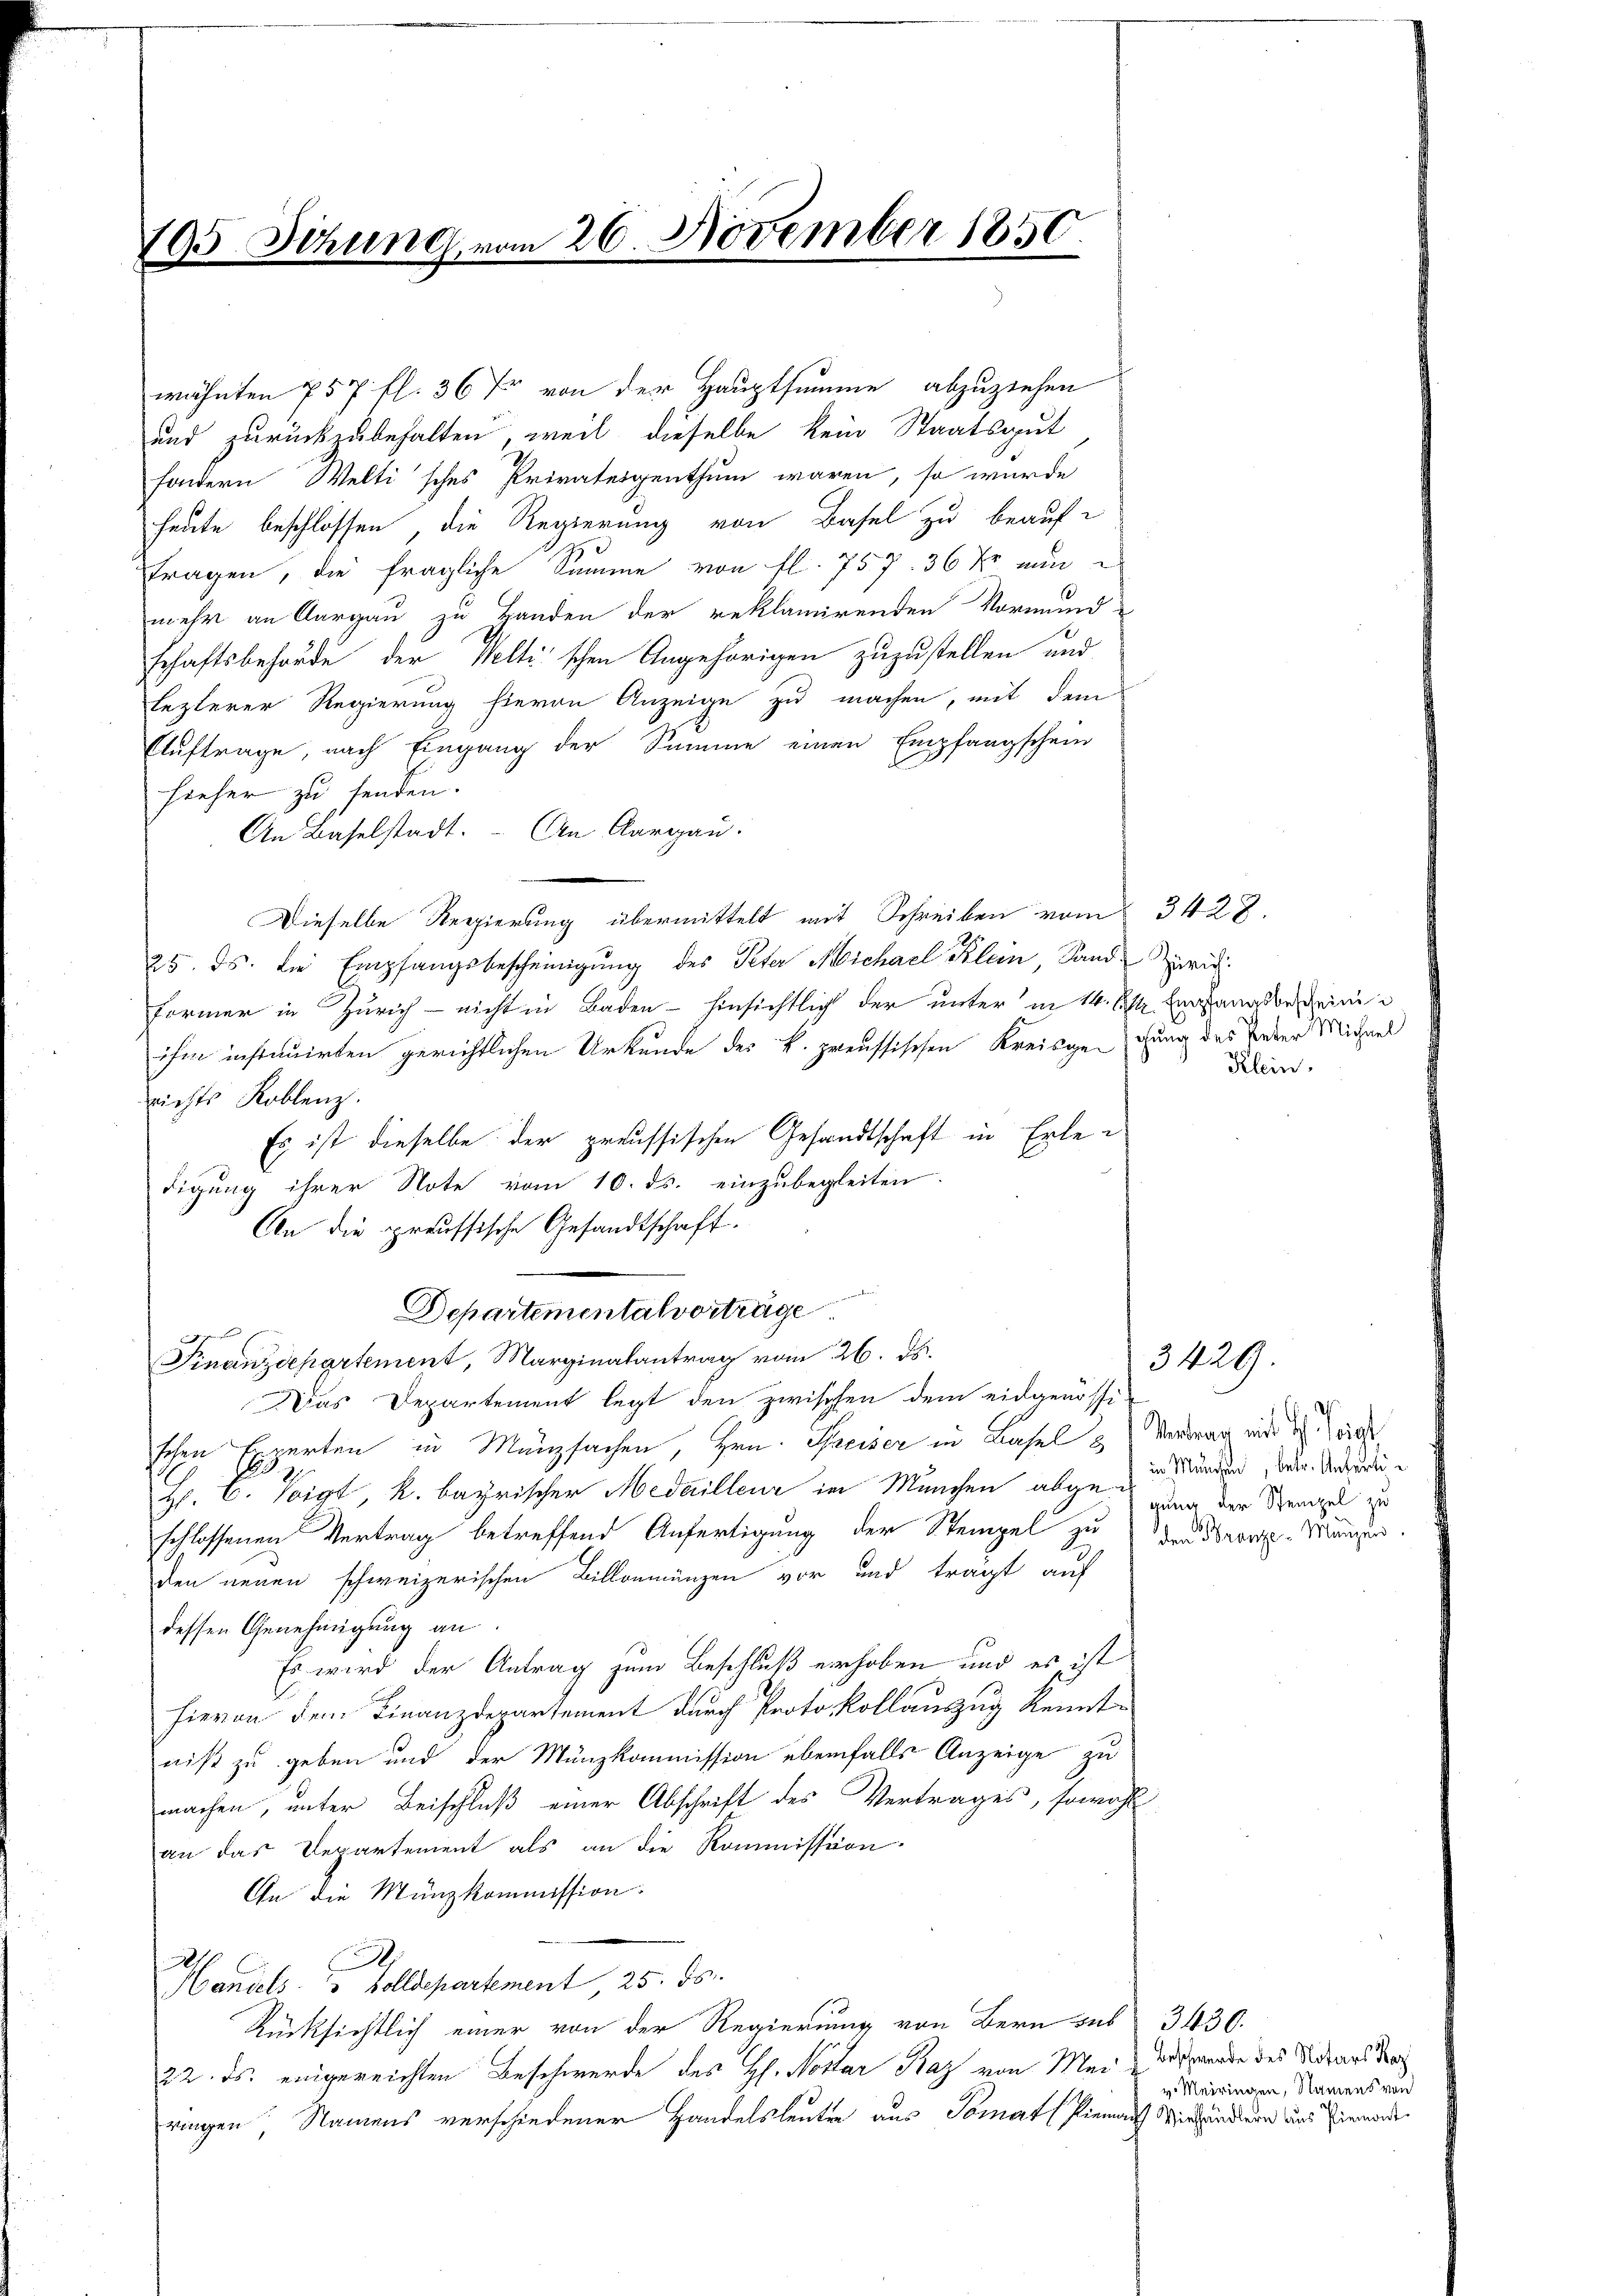
193 Jezung vom 26. November 1850.

wähnten 757 fl. 36 Xr von der Hauptsumme abzuziehen
und zurückzubehalten, weil dieselbe kein Staatsgut
sondern Weltisches Privateigenthum waren, so wurde
heute beschlossen, die Regierung von Basel zu beauftragen, die fragliche Summe von fl. 757. 36 Xr nun
mehr an Aargau zu Handen der reklamirenden Vormund-
schaftsbehörde der Weltischen Angehörigen zuzustellen und
lezterer Regierung hievon Anzeige zu machen, mit dem
Auftrage, nach Eingang der Summe einen Empfangschein
hieher zu senden.
An Baselstadt. An Aargau.
Dieselbe Regierung übermittelt mit Schreiben vom 3422.
25. ds. die Empfangsbescheinigŭng des Peter Michael Klein, Sand Züric
Former in Zürich - nicht in Baden - hinsichtlich der unter in 14. Es verfangsbescheinig
ihm instruirten gerichtlichen Urkunde des k. preussischen Kreisgegung des Feder Michael
richts Koblenz.
Es ist dieselbe der preussischen Gesandtschaft in Erledigung ihrer Note vom 10. ds. einzubegleiten.
An die preussische Gesandtschaft.
Departementalvorträge
Finanzdepartement, Marginalantrag vom 26. ds.
Das Departement legt den zwischen dem eidgenössi-
schen Experten in Münzsachen, Hrn. Preiser in Basel & Vertrag wird des
Hr. C. Voigt k. bayrischer Medailleur in München abge-in würden, betr. Andreschlossenen Vertrag betreffend Anfertigung der Stempel zu den Bronze-Münzen.
den neuen schweizerischen Billonmänzen vor und trägt auf
dessen Genehmigung an
Es wird der Antrag zum Beschluß erhoben und es ist
hievon dem Finanzdepartement durch Protokollauszug Kenntniß zu geben und der Münzkommission ebenfalls Anzeige zu
machen, unter Beischluß einer Abschrift des Vertrages, sowohl
an das Departement als an die Kommission.
An die Münzkommission.
Handels Holldepartement 25. ds.
Rücksichtlich einer von der Regierung von Bern sub
22. ds. eingereichten Beschwerde des H. Notar Kaz von Mei- & Vorgende des Notars der
ringen Namens verschiedener Handelsleuten aus Tomart (Pienach Viehändlern aus Einmorde

Klein.

gung der Stempel zu

3429.

3430.
v. Meiringen, Namens von